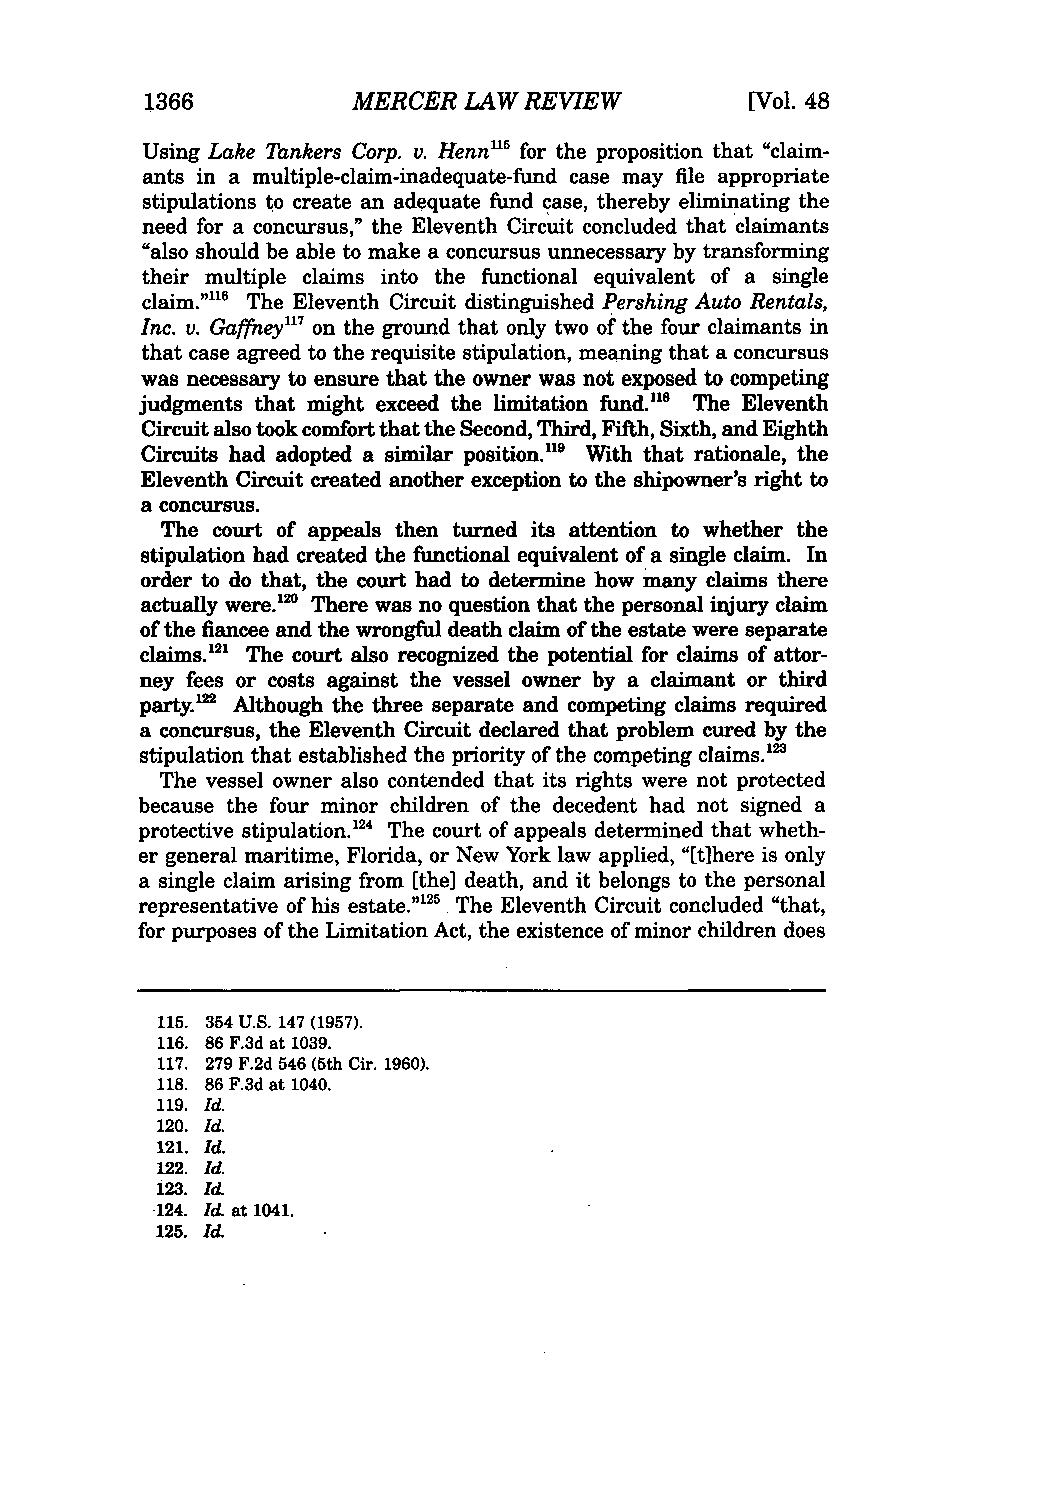
1366         MERCER  LAW REVIEW         [Vol. 48
 Using Lake Tankers Corp. v. Henn"5 for the proposition that "claim-
 ants in a multiple-claim-inadequate-fund case may file appropriate
 stipulations to create an adequate fund case, thereby eliminating the
 need for a concursus," the Eleventh Circuit concluded that claimants
 "also should be able to make a concursus unnecessary by transforming
 their multiple claims into the functional equivalent of a single
 claim."'1 The Eleventh Circuit distinguished Pershing Auto Rentals,
 Inc. v. Gaffney"7 on the ground that only two of the four claimants in
 that case agreed to the requisite stipulation, meaning that a concursus
 was necessary to ensure that the owner was not exposed to competing
 judgments that might exceed the limitation fund."' The Eleventh
 Circuit also took comfort that the Second, Third, Fifth, Sixth, and Eighth
 Circuits had adopted a similar position."9 With that rationale, the
 Eleventh Circuit created another exception to the shipowner's right to
 a concursus.
 The court of appeals then turned its attention to whether the
 stipulation had created the functional equivalent of a single claim. In
 order to do that, the court had to determine how many claims there
 actually were." ° There was no question that the personal injury claim
 of the fiancee and the wrongful death claim of the estate were separate
 claims.' The court also recognized the potential for claims of attor-
 ney fees or costs against the vessel owner by a claimant or third
 party.'22 Although the three separate and competing claims required
 a concursus, the Eleventh Circuit declared that problem cured by the
 stipulation that established the priority of the competing claims.'23
 The vessel owner also contended that its rights were not protected
 because the four minor children of the decedent had not signed a
 protective stipulation.'2 The court of appeals determined that wheth-
 er general maritime, Florida, or New York law applied, "[tihere is only
 a single claim arising from [the] death, and it belongs to the personal
 representative of his estate."25 The Eleventh Circuit concluded "that,
 for purposes of the Limitation Act, the existence of minor children does
 115. 354 U.S. 147 (1957).
 116. 86 F.3d at 1039.
 117. 279 F.2d 546 (5th Cir. 1960).
 118. 86 F.3d at 1040.
 119. Id.
 120, Id.
 121. Id.
 122. Id.
 123. Id.
 -124. Id. at 1041.
 125. Id.